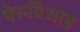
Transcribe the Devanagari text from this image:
पेरुविआइ